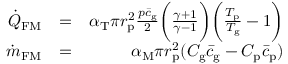
\begin{array} { r l r } { \dot { Q } _ { \mathrm { F M } } } & { = } & { \alpha _ { \mathrm { T } } \pi r _ { \mathrm { p } } ^ { 2 } \frac { p \bar { c } _ { \mathrm { g } } } { 2 } \bigg ( \frac { \gamma + 1 } { \gamma - 1 } \bigg ) \bigg ( \frac { T _ { \mathrm { p } } } { T _ { \mathrm { g } } } - 1 \bigg ) } \\ { \dot { m } _ { \mathrm { F M } } } & { = } & { \alpha _ { \mathrm { M } } \pi r _ { \mathrm { p } } ^ { 2 } ( C _ { \mathrm { g } } \bar { c } _ { \mathrm { g } } - C _ { \mathrm { p } } \bar { c } _ { \mathrm { p } } ) } \end{array}